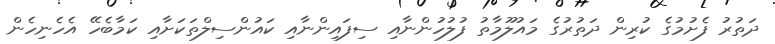
ދަތުރު ފެށުމުގެ ކުރިން ދަތުރުގެ މައުލޫމާތު ފުލުހުންނާއި ސިފައިންނާއި ކައުންސިލްތަކަށާއި ކަމާބެހޭ އެހެނިހެން